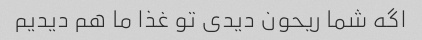
اگه شما ریحون دیدی تو غذا ما هم دیدیم